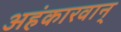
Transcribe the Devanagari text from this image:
अहंकारवान्